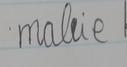
Signature authenticity: forged